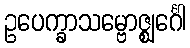
ဥပေက္ခာသမ္ဗောဇ္ဈင်္ဂေါ